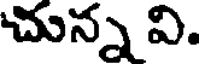
చున్న వి.